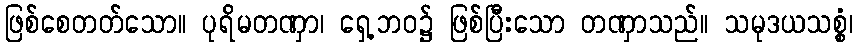
ဖြစ်စေတတ်သော။ ပုရိမတဏှာ၊ ရှေ့ဘဝ၌ ဖြစ်ပြီးသော တဏှာသည်။ သမုဒယသစ္စံ၊